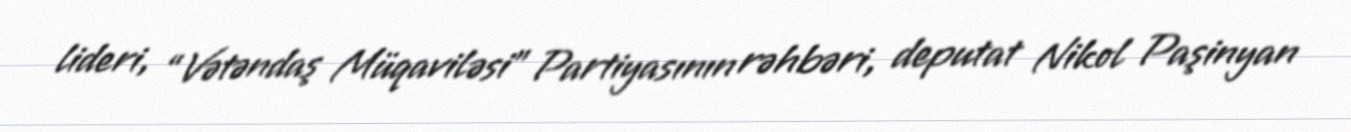
lideri, “Vətəndaş Müqaviləsi” Partiyasının rəhbəri, deputat Nikol Paşinyan